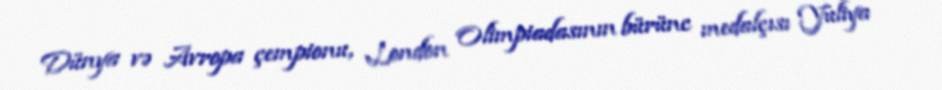
Dünya və Avropa çempionu, London Olimpiadasının bürünc medalçısı Yuliya